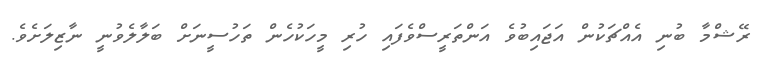
ރޭޝްމާ ބުނި އެއްޗަކުން އަޖައިބުވެ އަންތަރީސްވެފައި ހުރި މީހަކުހެން ތަހުސީނަށް ބަލާލެވުނީ ނާޒިލަށެވެ.